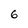
Character: 6